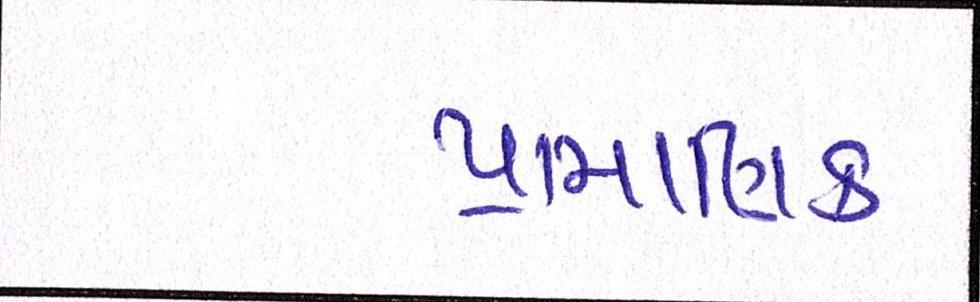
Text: પ્રામાણિક